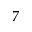
7